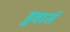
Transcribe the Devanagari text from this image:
डुवार्स